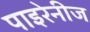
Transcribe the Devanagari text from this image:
पाइरेनीज